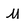
Character: M